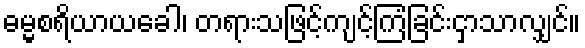
ဓမ္မစရိယာယခေါ၊ တရားသဖြင့်ကျင့်ကြံခြင်းငှာသာလျှင်။